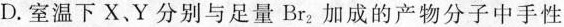
D. 室温下X.Y分别与足量Br_{2}加成的产物分子中手性